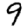
Digit: 9